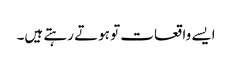
ایسے واقعات تو ہوتے رہتے ہیں۔